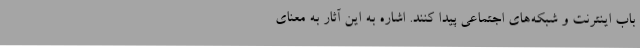
باب اینترنت و شبکه‌های اجتماعی پیدا کنند. اشاره به این آثار به معنای